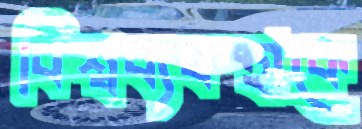
বিশ্বব্যবস্থাকে